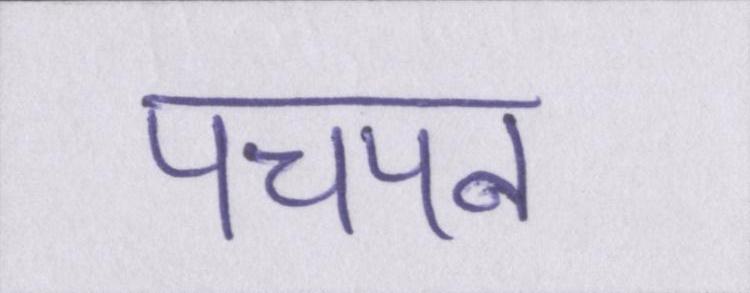
पचपन